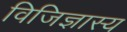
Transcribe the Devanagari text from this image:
विजिज्ञास्य